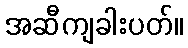
အဆီကျခါးပတ်။